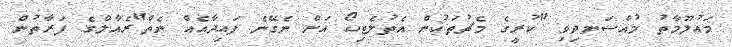
މައުލޫމާތު މުއްސަނދިވި "ކުރީގެ މެޗުތަކުން އެތުލެޓިކޯ އަށް ނެގޭނެ ފައިދާއެއް ނެތް"ރެއާލްގެ ފަރާތުން